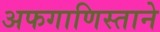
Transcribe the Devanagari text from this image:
अफगाणिस्ताने